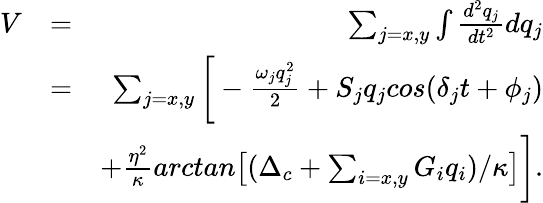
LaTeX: \begin{array}{rlr}{V}&{=}&{\sum_{j=x,y}\int\frac{d^{2}q_{j}}{dt^{2}}dq_{j}}\\ &{=}&{\sum_{j=x,y}\bigg[-\frac{\omega_{j}q_{j}^{2}}{2}+S_{j}q_{j}cos(\delta_{j}t+\phi_{j})}\\ &{}&{+\frac{\eta^{2}}{\kappa}arctan\big[(\Delta_{c}+\sum_{i=x,y}G_{i}q_{i})/\kappa\big]\bigg].}\end{array}